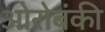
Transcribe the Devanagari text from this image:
ओरोबंकी